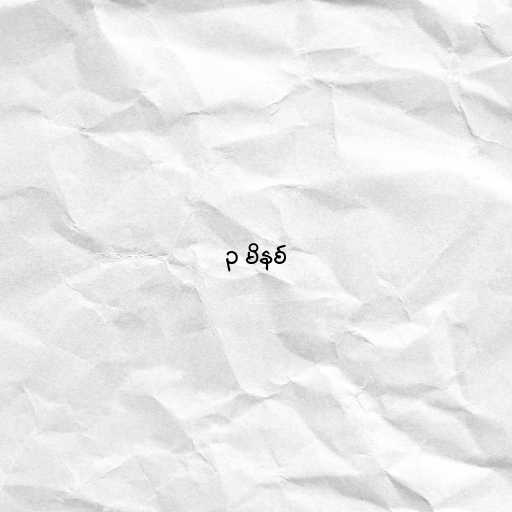
၃ မိနစ်